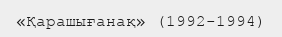
«Қарашығанақ» (1992-1994)